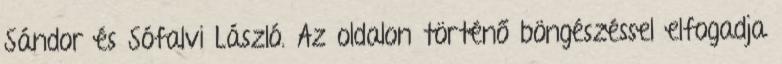
Sándor és Sófalvi László. Az oldalon történő böngészéssel elfogadja